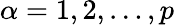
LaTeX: \alpha=1,2,\ldots,p